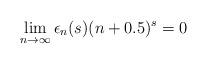
LaTeX: \begin{align*} \lim_{n \to \infty} \epsilon_n(s)(n+0.5)^s=0\end{align*}